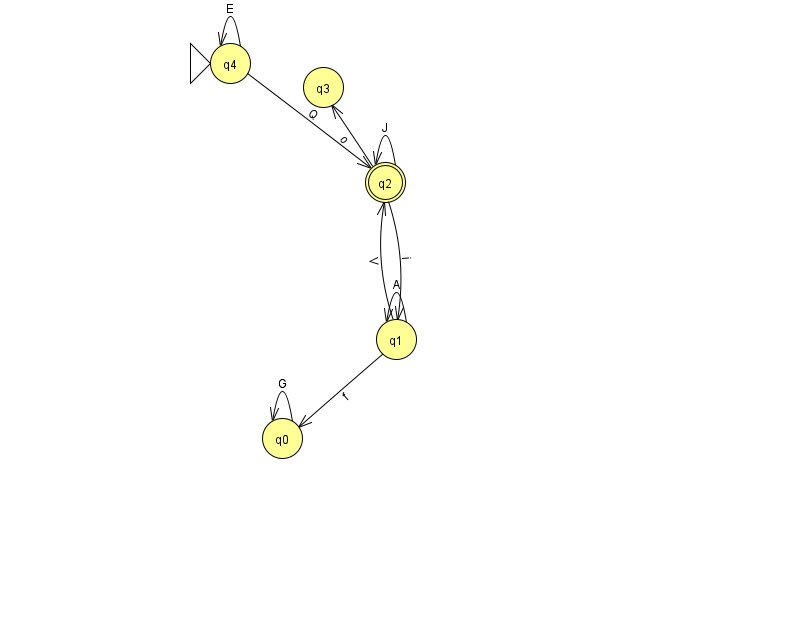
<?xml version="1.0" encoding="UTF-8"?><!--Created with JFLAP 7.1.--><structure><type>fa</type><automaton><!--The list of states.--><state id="0" name="q0"><x>282.0</x><y>425.0</y></state><state id="1" name="q1"><x>396.0</x><y>326.0</y></state><state id="2" name="q2"><x>385.0</x><y>169.0</y><final/></state><state id="3" name="q3"><x>323.0</x><y>74.0</y></state><state id="4" name="q4"><x>230.0</x><y>50.0</y><initial/></state><!--The list of transitions.--><transition><from>2</from><to>3</to><read>o</read></transition><transition><from>1</from><to>1</to><read>A</read></transition><transition><from>1</from><to>0</to><read>f</read></transition><transition><from>2</from><to>1</to><read>i</read></transition><transition><from>4</from><to>2</to><read>Q</read></transition><transition><from>4</from><to>4</to><read>E</read></transition><transition><from>0</from><to>0</to><read>G</read></transition><transition><from>2</from><to>2</to><read>J</read></transition><transition><from>1</from><to>2</to><read>V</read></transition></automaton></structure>